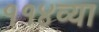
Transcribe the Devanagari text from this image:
११४व्या